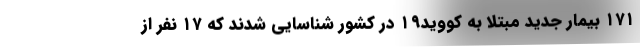
۱۷۱ بیمار جدید مبتلا به کووید۱۹ در کشور شناسایی شدند که ۱۷ نفر از